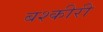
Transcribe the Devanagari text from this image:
बश्कीरी